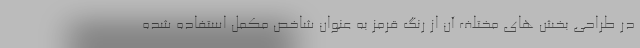
در طراحی بخش های مختلف آن از رنگ قرمز به عنوان شاخص مکمل استفاده شده